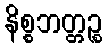
နိစ္စဘတ္တဉ္စ